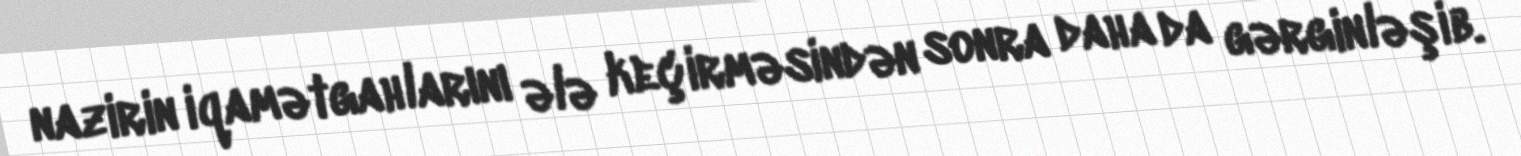
nazirin iqamətgahlarını ələ keçirməsindən sonra daha da gərginləşib.